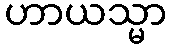
ဟာယသ္မာ